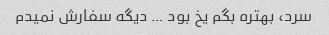
سرد، بهتره بگم یخ بود … دیگه سفارش نمیدم